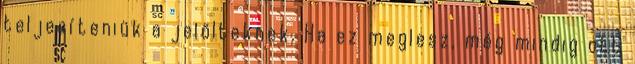
teljesíteniük a jelölteknek. Ha ez meglesz, még mindig ott